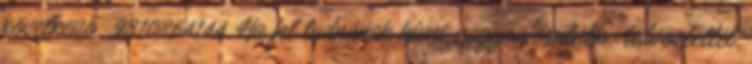
következő: 9810864144. Ha fel tudnának hívni, nagyon örülnék. Üdvözlettel,